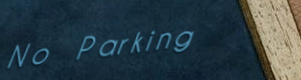
No Parking